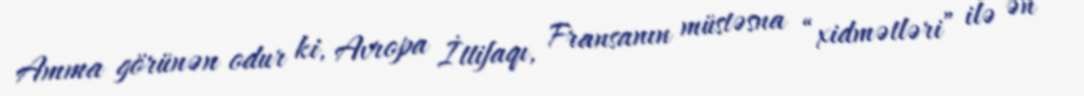
Amma görünən odur ki, Avropa İttifaqı, Fransanın müstəsna “xidmətləri” ilə ən